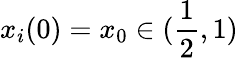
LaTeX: x_{i}(0)=x_{0}\in(\frac{1}{2},1)